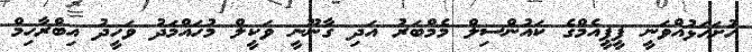
ހުށަހަޅުއްވަނީ ޕީޕީއެމްގެ ކައުންސިލް މެމްބަރު އަދި ގާނޫނީ ވަކީލް މުހައްމަދު ވަހީދު އިބްރާހިމް